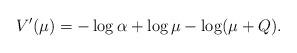
LaTeX: \begin{align*}V'(\mu)=-\log\alpha+\log\mu-\log(\mu+Q).\end{align*}